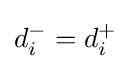
d_{i}^{-}=d_{i}^{+}